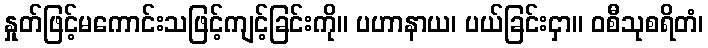
နှုတ်ဖြင့်မကောင်းသဖြင့်ကျင့်ခြင်းကို။ ပဟာနာယ၊ ပယ်ခြင်းငှာ။ ဝစီသုစရိတံ၊